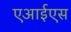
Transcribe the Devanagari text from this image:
एआईएस